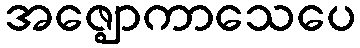
အဇ္ဈောကာသေပေ